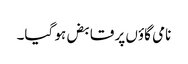
نامی گاؤں پر قابض ہو گیا۔